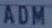
ADM